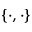
\{ \cdot , \cdot \}